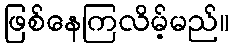
ဖြစ်နေကြလိမ့်မည်။